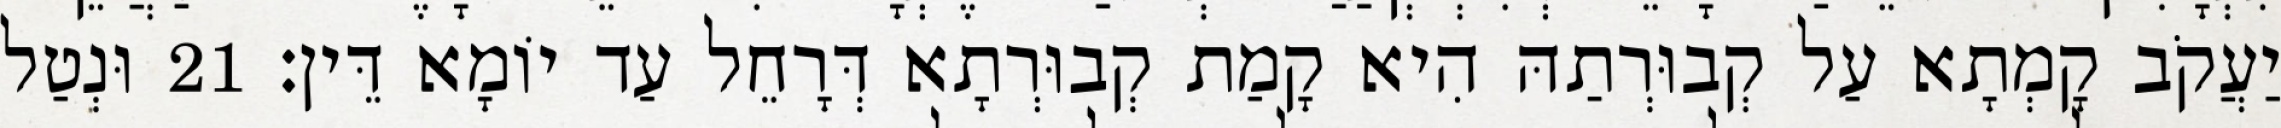
יַעֲקֹב קָמְתָא עַל קְבוּרְתַהּ הִיא קָמַת קְבוּרְתָא דְּרָחֵל עַד יוֹמָא דֵּין׃ 21 וּנְטַל